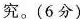
究。(6分)